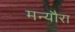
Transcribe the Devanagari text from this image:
मन्यौरा